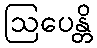
ဩပေန္တိ